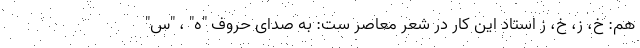
هم: خ، ز، خ، ز استاد این کار در شعر معاصر ست: به صدای حروف "ه" ، "س"